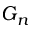
G _ { n }